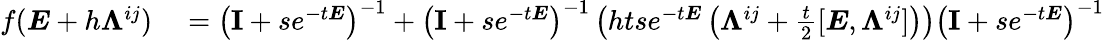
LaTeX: \begin{array}{rl}{f(\boldsymbol{E}+h\boldsymbol{\Lambda}^{ij})}&{{}=\left(\textbf{I}+se^{-t\boldsymbol{E}}\right)^{-1}+\left(\textbf{I}+se^{-t\boldsymbol{E}}\right)^{-1}\left(htse^{-t\boldsymbol{E}}\left(\boldsymbol{\Lambda}^{ij}+\frac{t}{2}[\boldsymbol{E},\boldsymbol{\Lambda}^{ij}]\right)\right)\left(\textbf{I}+se^{-t\boldsymbol{E}}\right)^{-1}}\end{array}